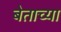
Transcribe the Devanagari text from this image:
बेताच्या